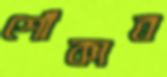
শোঁকাব